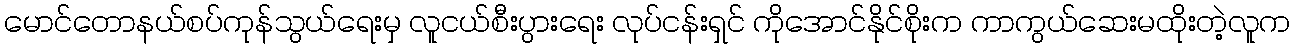
မောင်တောနယ်စပ်ကုန်သွယ်ရေးမှ လူငယ်စီးပွားရေး လုပ်ငန်းရှင် ကိုအောင်နိုင်စိုးက ကာကွယ်ဆေးမထိုးတဲ့လူက